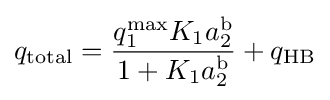
q_{\text{total}}={\frac {q_{1}^{\text{max}}K_{1}a_{2}^{\text{b}}}{1+K_{1}a_{2}^{\text{b}}}}+q_{\text{HB}}